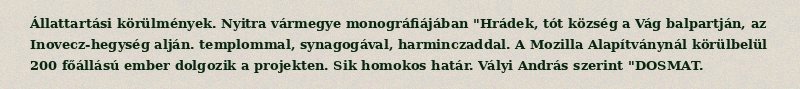
Állattartási körülmények. Nyitra vármegye monográfiájában "Hrádek, tót község a Vág balpartján, az Inovecz-hegység alján. templommal, synagogával, harminczaddal. A Mozilla Alapítványnál körülbelül 200 főállású ember dolgozik a projekten. Sik homokos határ. Vályi András szerint "DOSMAT.